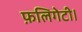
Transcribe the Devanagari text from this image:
फ़लिगेटी।